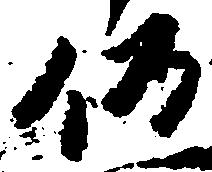
仍